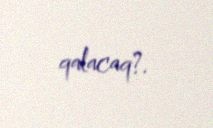
qalacaq?.